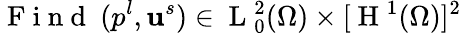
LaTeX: \mathrm{~F~i~n~d~}~(p^{l},\mathbf{u}^{s})\in\mathrm{~L~}_{0}^{2}(\Omega)\times[\mathrm{~H~}^{1}(\Omega)]^{2}